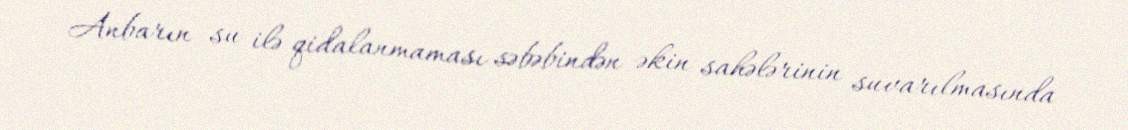
Anbarın su ilə qidalanmaması səbəbindən əkin sahələrinin suvarılmasında